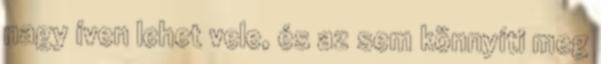
nagy íven lehet vele, és az sem könnyíti meg